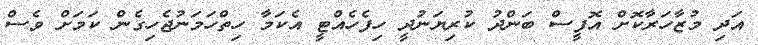
އަދި މުޒާހަރާކޮށް އޮފީސް ބަންދު ކުރިޔަނުދީ ހިފެހެއްޓީ އެކަމާ ހިތްހަމަނުޖެހިގެން ކަމަށް ވެސް